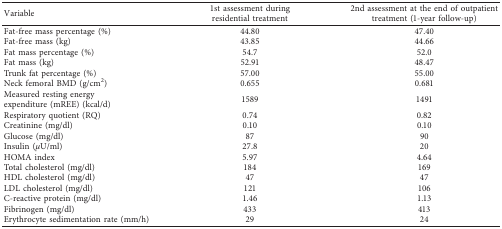
<table><thead><tr><td><b>Variable</b></td><td><b>1st assessment during residential treatment</b></td><td><b>2nd assessment at the end of outpatient treatment (1-year follow-up)</b></td></tr></thead><tbody><tr><td>Fat-free mass percentage (%)</td><td>44.80</td><td>47.40</td></tr><tr><td>Fat-free mass (kg)</td><td>43.85</td><td>44.66</td></tr><tr><td>Fat mass percentage (%)</td><td>54.7</td><td>52.0</td></tr><tr><td>Fat mass (kg)</td><td>52.91</td><td>48.47</td></tr><tr><td>Trunk fat percentage (%)</td><td>57.00</td><td>55.00</td></tr><tr><td>Neck femoral BMD (g/cm<sup>2</sup>)</td><td>0.655</td><td>0.681</td></tr><tr><td>Measured resting energy expenditure (mREE) (kcal/d)</td><td>1589</td><td>1491</td></tr><tr><td>Respiratory quotient (RQ)</td><td>0.74</td><td>0.82</td></tr><tr><td>Creatinine (mg/dl)</td><td>0.10</td><td>0.10</td></tr><tr><td>Glucose (mg/dl)</td><td>87</td><td>90</td></tr><tr><td>Insulin (<i>μ</i>U/ml)</td><td>27.8</td><td>20</td></tr><tr><td>HOMA index</td><td>5.97</td><td>4.64</td></tr><tr><td>Total cholesterol (mg/dl)</td><td>184</td><td>169</td></tr><tr><td>HDL cholesterol (mg/dl)</td><td>47</td><td>47</td></tr><tr><td>LDL cholesterol (mg/dl)</td><td>121</td><td>106</td></tr><tr><td>C-reactive protein (mg/dl)</td><td>1.46</td><td>1.13</td></tr><tr><td>Fibrinogen (mg/dl)</td><td>433</td><td>413</td></tr><tr><td>Erythrocyte sedimentation rate (mm/h)</td><td>29</td><td>24</td></tr></tbody></table>